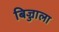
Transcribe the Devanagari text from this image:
बिज्जाला